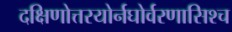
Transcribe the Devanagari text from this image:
दक्षिणोत्तरयोर्नघोर्वरणासिश्च